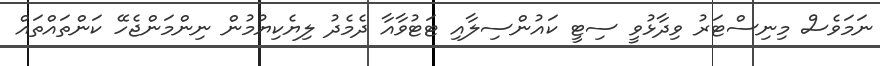
ނަމަވެސް މިނިސްޓަރު ވިދާޅުވީ ސިޓީ ކައުންސިލާއި ޓަޓުވާއާ ދެމެދު ލިޔެކިޔުމުން ނިންމަންޖެހޭ ކަންތައްތައް